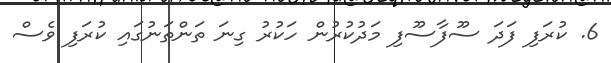
6. ކުރަފި ފަދަ ސޫފާސޫފި މަދުކުރުން ހަކުރު ގިނަ ތަންތަނުގައި ކުރަފި ވެސް